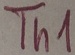
Text: Th1